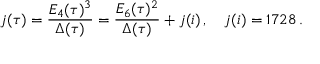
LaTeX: j ( \tau ) = \frac { E _ { 4 } ( \tau ) ^ { 3 } } { \Delta ( \tau ) } = \frac { E _ { 6 } ( \tau ) ^ { 2 } } { \Delta ( \tau ) } + j ( i ) \, , \quad j ( i ) = 1 7 2 8 \, .